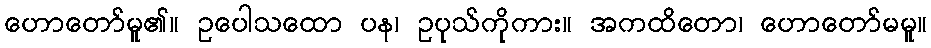
ဟောတော်မူ၏။ ဥပေါသထော ပန၊ ဥပုသ်ကိုကား။ အကထိတော၊ ဟောတော်မမူ။